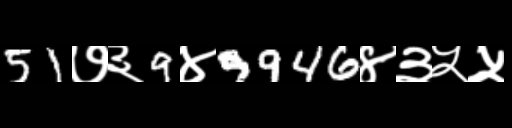
Text: 51७३9४9946४३५५